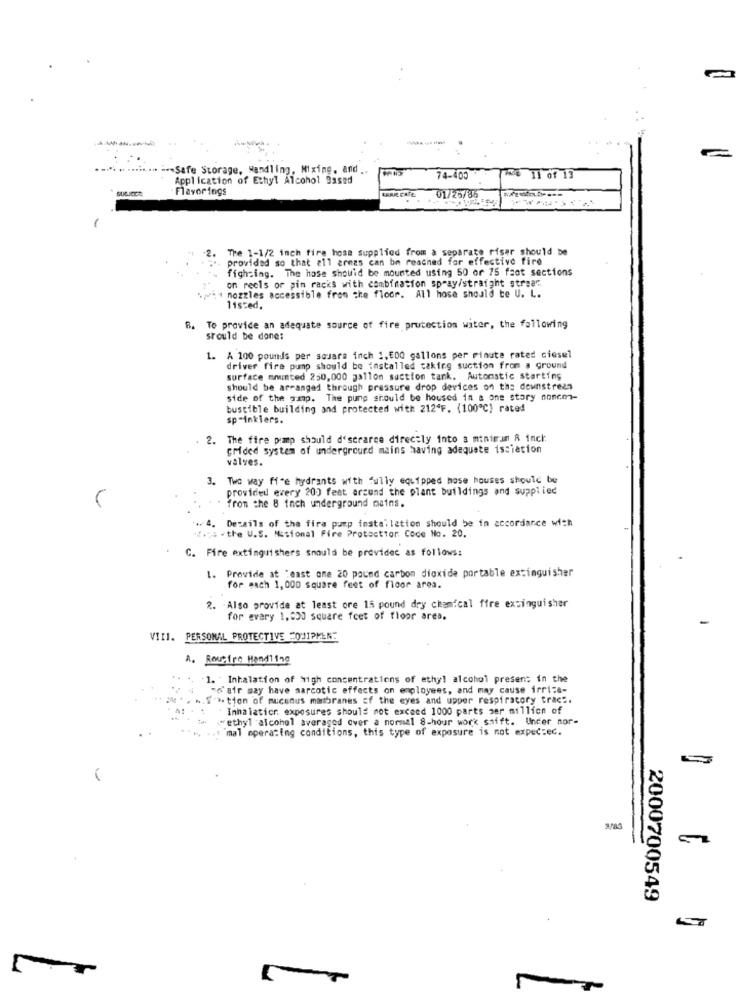
-- Safe Storage, Handling, Mixing, and ..
Application of Ethyl Alcohol Based
74-400
MG 11 0f 13
Flavor ings
ERAR CATE
01/26/86
The 1-1/2 inch fire hose supplied from a separate riser should be
provided so that 211 armas can be reached for effective fire
fighting. The hose should be mounted using 50 or 75 faot sections
on reels or pin racks with combination spray/straight straa"
nozzles accessible from the floor. All hose should te U. L.
listed.
B.
To provide an adequate source of fire protection witer, the fallowing
should be done:
1. A 100 pounds per square inch 1, 500 gallons per minute rated ciesel
driver fire pump should be installed taking suction from a ground
surface mounted 250,000 gallon suction tank. Automatic starting
should be arranged through pressure drop devices on the downstrees
side of the gap. The pump should be housed in a one story nonco-
bustible building and protected with 212ªF. (100℃) rated
sprinklers.
2. The fire pimp should d'scraree directly into a minimum A incl:
crided system of undergrourd mains having adequate isciation
valves.
3. Two way fire hydrants with fully equipped hose houses should be
provided every 200 feet arcund the plant buildings and supplied
from the 8 inch underground mains.
4. Details of the fire pump installation should be in accordance with
4.is the U.S. National Fire Protection Code No. 20.
C. Fire extinguishers should be providec as follows:
1. Provide at :east one 20 pound carbon dioxide portable extinguisher
for each 1, 000 square feet of floor area.
2. Also provide at least ore 15 pound dry chemical fire extinguisher
for every 1,000 square feet of floor area.
VIII. PERSONAL PROTECTIVE QUIPPER:
A. Routine Handling
1. "Inhalation of high concentrations of ethyl alcohol present in the
"d'air may have marcotic effects on employees, and may cause irri:e-
.. $." tion of mucenus matbranes of the eyes and upper respiratory tract.
Inhalation exposures should not exceed 1000 parts per million of
"ethyl alcohol averaged over a normal 8-hour work saift. Under nor-
**.. .. "mal operating conditions, this type of exposure is not expected.
2000700549